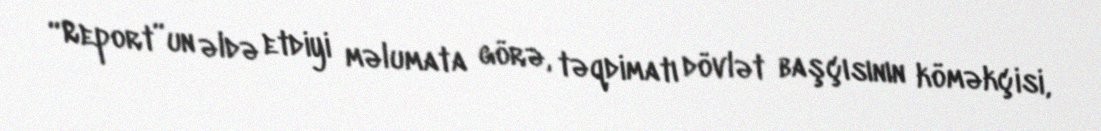
“Report”un əldə etdiyi məlumata görə, təqdimatı dövlət başçısının köməkçisi,